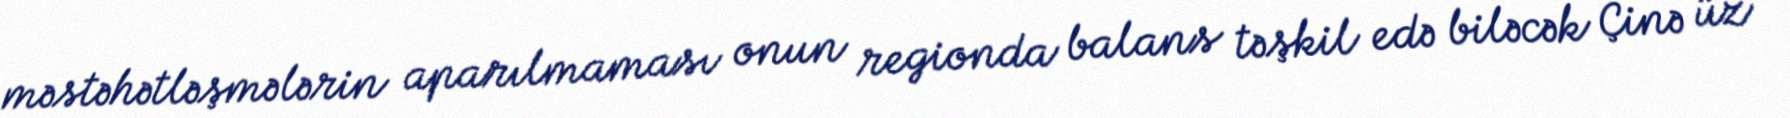
məstəhətləşmələrin aparılmaması onun regionda balans təşkil edə biləcək Çinə üz